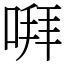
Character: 㗑